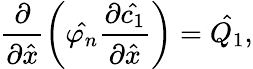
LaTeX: \frac{\partial}{\partial\hat{x}}\left(\hat{\varphi_{n}}\frac{\partial\hat{c_{1}}}{\partial\hat{x}}\right)=\hat{Q_{1}},